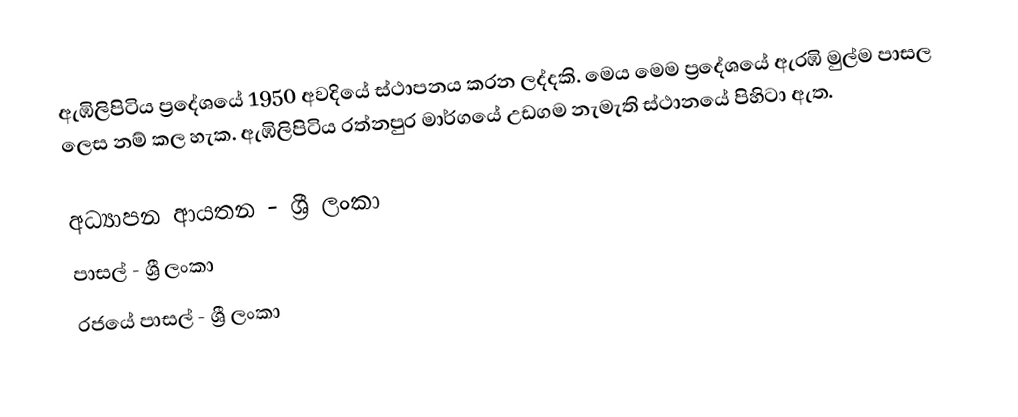
ඇඹිලිපිටිය ප්‍රදේශයේ 1950 අවදියේ ස්ථාපනය කරන ලද්දකි. මෙය මෙම ප්‍රදේශයේ ඇරඹි  මුල්ම පාසල ලෙස නම් කල හැක. ඇඹිලිපිටිය රත්නපුර මාර්ගයේ උඩගම නැමැති ස්ථානයේ පිහිටා ඇත.

අධ්‍යාපන ආයතන - ශ්‍රී ලංකා
පාසල් - ශ්‍රී ලංකා
රජයේ පාසල් - ශ්‍රී ලංකා